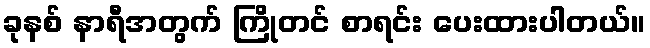
ခုနစ် နာရီအတွက် ကြိုတင် စာရင်း ပေးထားပါတယ်။